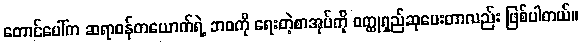
တောင်ပေါ်က ဆရာဝန်တယောက်ရဲ့ ဘဝကို ရေးတဲ့စာအုပ်ကို ဝတ္ထုရှည်ဆုပေးတာလည်း ဖြစ်ပါတယ်။